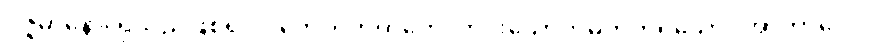
ဝိဇ္ဇမာနော၊ ရှိသည်ဖြစ်၍။ ဝိတေဝလာဟကေ၊ ကင်းသောတိမ်တိုက်ရှိသော။ အာကာလေ၊